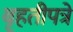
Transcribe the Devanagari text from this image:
बृहतीपत्रे